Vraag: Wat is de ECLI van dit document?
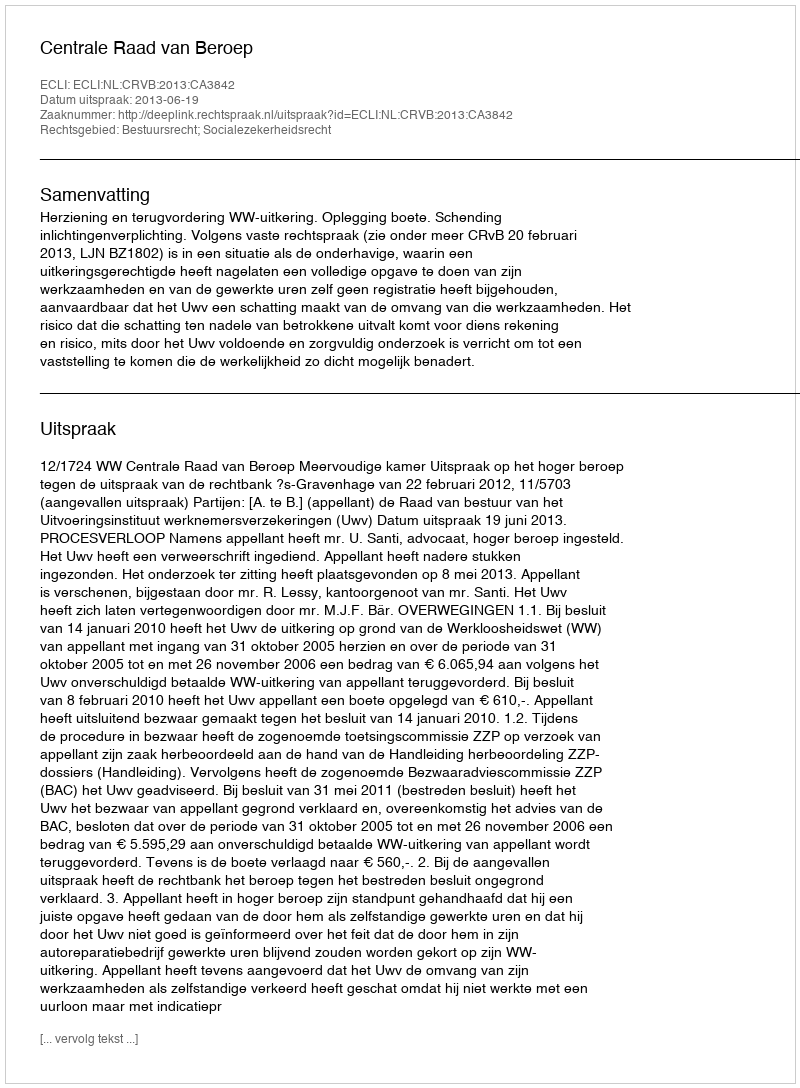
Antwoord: ECLI:NL:CRVB:2013:CA3842